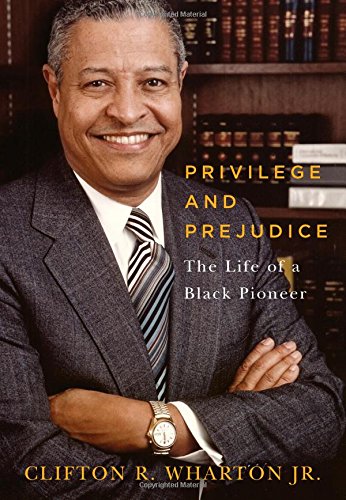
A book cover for Privilege and Prejudice: The Life of a Black Pioneer; Clifton R. Wharton Jr.; Biographies & Memoirs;